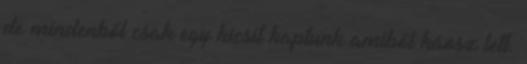
de mindenből csak egy kicsit kaptunk amiből káosz lett.